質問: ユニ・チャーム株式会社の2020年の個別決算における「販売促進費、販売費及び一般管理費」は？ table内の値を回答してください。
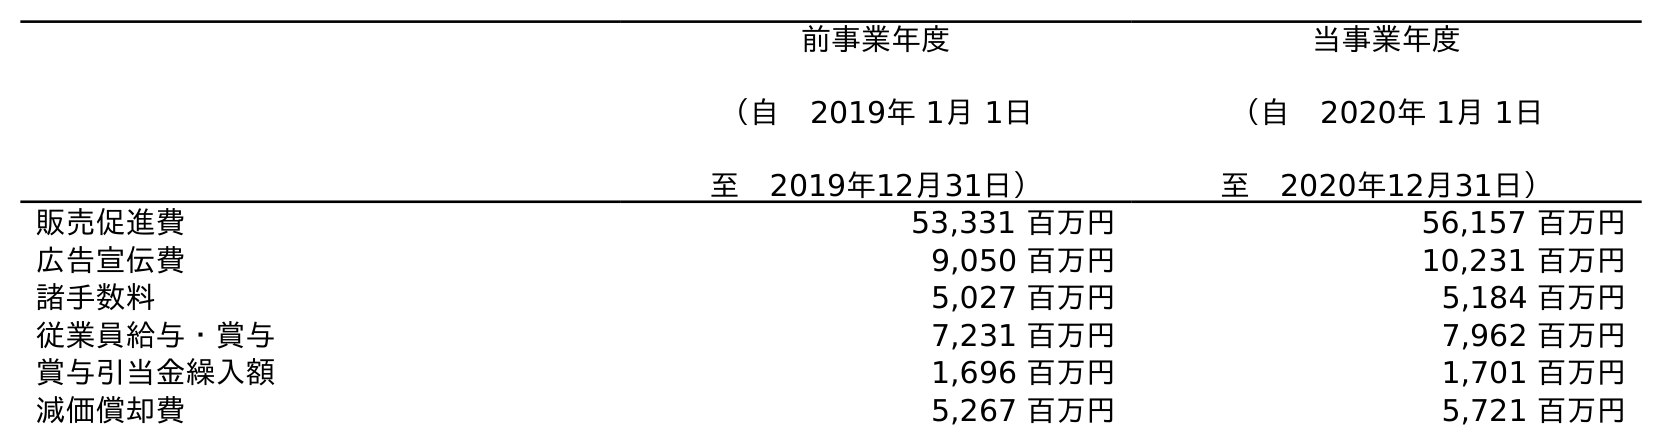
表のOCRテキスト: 前事業年度 （自 2019年 1月 1日 至 2019年12月31日） 当事業年度 （自 2020年 1月 1日 至 2020年12月31日） 販売促進費 53,331 百万円 56,157 百万円 広告宣伝費 9,050 百万円 10,231 百万円 諸手数料 5,027 百万円 5,184 百万円 従業員給与・賞与 7,231 百万円 7,962 百万円 賞与引当金繰入額 1,696 百万円 1,701 百万円 減価償却費 5,267 百万円 5,721 百万円
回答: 56,157百万円